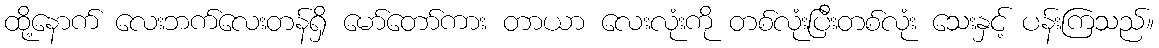
ထို့နောက် လေးဘက်လေးတန်ရှိ မော်တော်ကား တာယာ လေးလုံးကို တစ်လုံးပြီးတစ်လုံး သေးနှင့် ပန်းကြသည်။